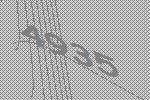
4935